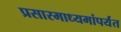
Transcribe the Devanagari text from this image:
प्रसारमाध्यमांपर्यंत